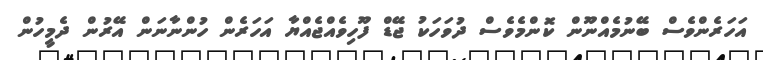
އަހަރެންވެސް ބޭނުމެއްނޫން ކޮންމެވެސް ދުވަހަކު ޖޭޑް ފޫހިވެއްޖެއްޔާ އަހަރެން ހުންނާނަން އޭރުން ދެމީހުން